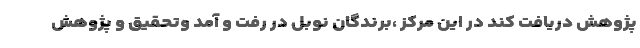
پژوهش دریافت کند در این مرکز ،برندگان نوبل در رفت و آمد وتحقیق و پژوهش